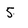
Character: 5